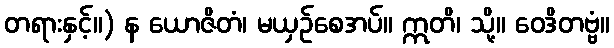
တရားနှင့်။) န ယောဇိတံ၊ မယှဉ်စေအပ်။ ဣတိ၊ သို့။ ဝေဒိတဗ္ဗံ။